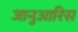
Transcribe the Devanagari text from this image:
जानुआरिस